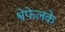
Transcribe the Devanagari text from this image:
श्वेफेलके